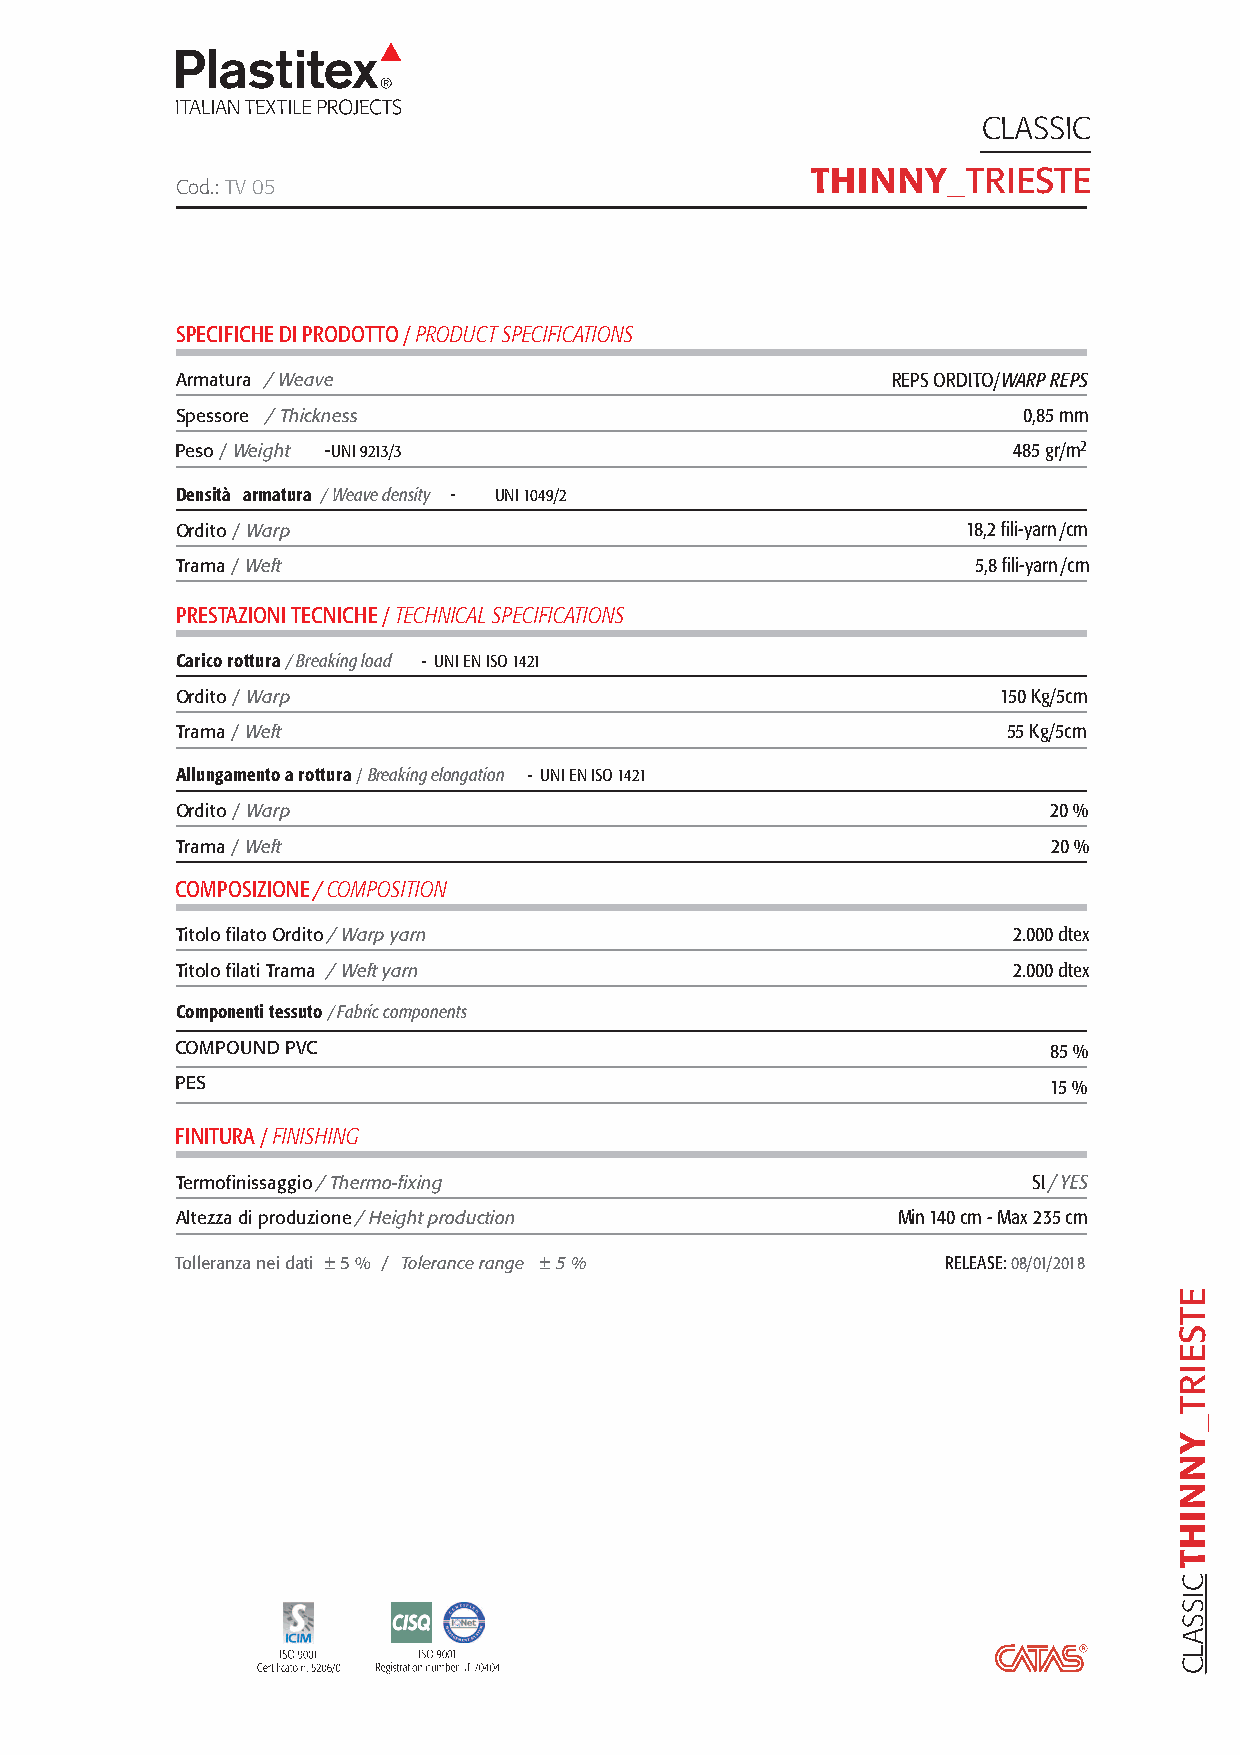
CLASSIC
 THINNY_TRIESTE
 Cod.:TV 05
 SPECIFICHE DI PRODOTTO/PRODUCT SPECIFICATIONS
 Armatura /Weave                                REPS ORDITO/WARP REPS
 Spessore / Thickness                                    0,85mm
 Peso/Weight -UNI 9213/3                                485gr/m2
 Densità armatura /Weave density - UNI 1049/2
 Ordito/Warp                                         18,2fili-yarn/cm
 Trama/Weft                                          5,8fili-yarn/cm
 PRESTAZIONI TECNICHE /TECHNICAL SPECIFICATIONS
 Caricorottura / Breaking load - UNI EN ISO 1421
 Ordito/Warp                                           150Kg/5cm
 Trama/Weft                                             55Kg/5cm
 Allungamentoarottura/Breaking elongation - UNI EN ISO 1421
 Ordito/Warp                                              20%
 Trama/Weft                                                20%
 COMPOSIZIONE/COMPOSITION
 Titolofilato Ordito/ Warp yarn                         2.000 dtex
 Titolofilati Trama / Weft yarn                         2.000 dtex
 Componentitessuto /Fabric components
 COMPOUNDPVC                                               85%
 PES                                                      15%
 FINITURA /FINISHING
 Termofinissaggio/Thermo-fixing                          SI/ YES
 Altezza di produzione/Height production        Min140 cm - Max 235cm
 Tolleranza nei dati ±5% / Tolerance range ±5%      RELEASE:08/01/2018
 E
 T
 S
 E
 I
 R
 T
 _
 Y
 N
 N
 I
 H
 T
 C
 I
 S
 S
 A
 L
 C